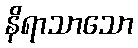
နိရာသာသော